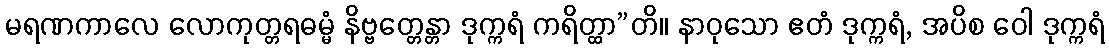
မရဏကာလေ လောကုတ္တရဓမ္မံ နိဗ္ဗတ္တေန္တာ ဒုက္ကရံ ကရိတ္ထာ”တိ။ နာဝုသော ဧတံ ဒုက္ကရံ, အပိစ ဝေါ ဒုက္ကရံ